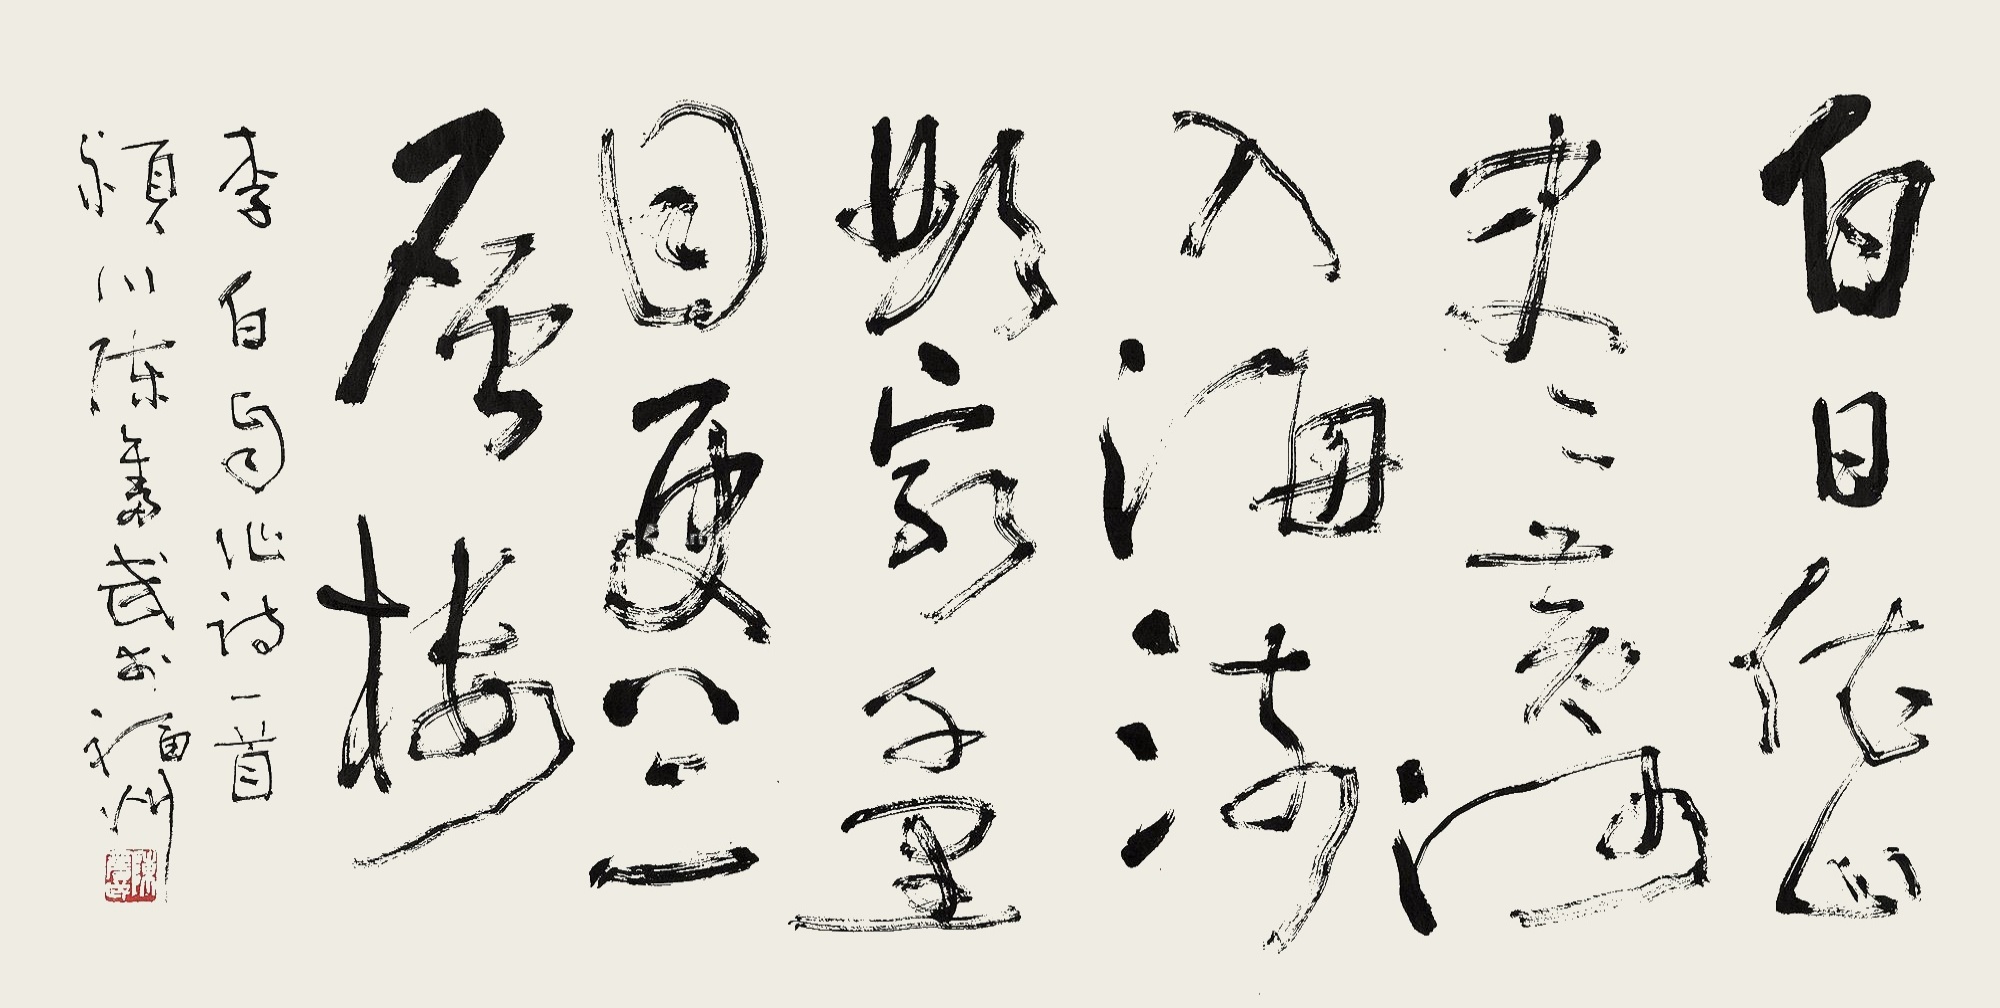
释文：白日依山尽，黄河入海流。欲穷千里目，更上一层楼。李白自作诗一首。颍川陈奋武于福州。